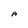
Character: A